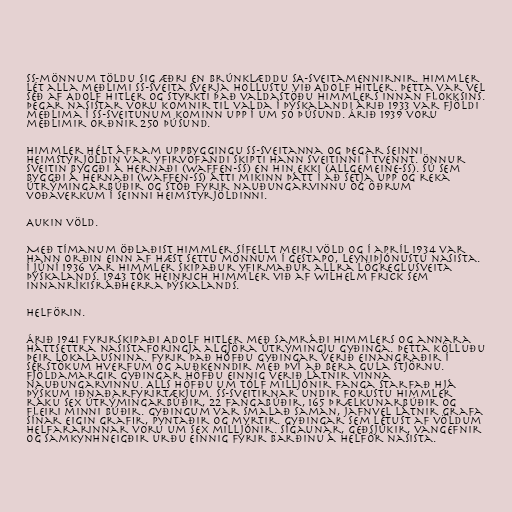
SS-mönnum töldu sig æðri en brúnklæddu SA-sveitamennirnir. Himmler
lét alla meðlimi SS-sveita sverja hollustu við Adolf Hitler. Þetta var vel
séð af Adolf Hitler og styrkti það valdastöðu Himmlers innan flokksins.
Þegar nasistar voru komnir til valda í Þýskalandi árið 1933 var fjöldi
meðlima í SS-sveitunum kominn upp í um 50 þúsund. Árið 1939 voru
meðlimir orðnir 250 þúsund.

Himmler hélt áfram uppbyggingu SS-sveitanna og þegar seinni
heimstyrjöldin var yfirvofandi skipti hann sveitinni í tvennt. Önnur
sveitin byggði á hernaði (Waffen-SS) en hin ekki (Allgemeine-SS). Sú sem
byggði á hernaði (Waffen-SS) átti mikinn þátt í að setja upp og reka
útrýmingarbúðir og stóð fyrir nauðungarvinnu og öðrum
voðaverkum í seinni heimstyrjöldinni.

Aukin völd.

Með tímanum öðlaðist Himmler sífellt meiri völd og í apríl 1934 var
hann orðin einn af hæst settu mönnum í Gestapo, leyniþjónustu nasista.
Í júní 1936 var Himmler skipaður yfirmaður allra lögreglusveita
Þýskalands. 1943 tók Heinrich Himmler við af Wilhelm Frick sem
innanríkisráðherra Þýskalands.

Helförin.

Árið 1941 fyrirskipaði Adolf Hitler með samráði Himmlers og annara
háttsettra nasistaforingja algjöra útrýmingju gyðinga. Þetta kölluðu
þeir lokalausnina. Fyrir það höfðu gyðingar verið einangraðir í
sérstökum hverfum og auðkenndir með því að bera gula stjörnu.
Fjöldamargir gyðingar höfðu einnig verið látnir vinna
nauðungarvinnu. Alls höfðu um tólf milljónir fanga starfað hjá
þýskum iðnaðarfyrirtækjum. SS-sveitirnar undir forustu Himmler
ráku sex útrýmingarbúðir, 22 fangabúðir, 165 þrælkunarbúðir og
fleiri minni búðir. Gyðingum var smalað saman, jafnvel látnir grafa
sínar eigin grafir, pyntaðir og myrtir. Gyðingar sem létust af völdum
helfararinnar voru um sex milljónir. Sígaunar, geðsjúkir, vangefnir
og samkynhneigðir urðu einnig fyrir barðinu á helför nasista.